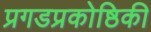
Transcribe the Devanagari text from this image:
प्रगडप्रकोष्ठिकी